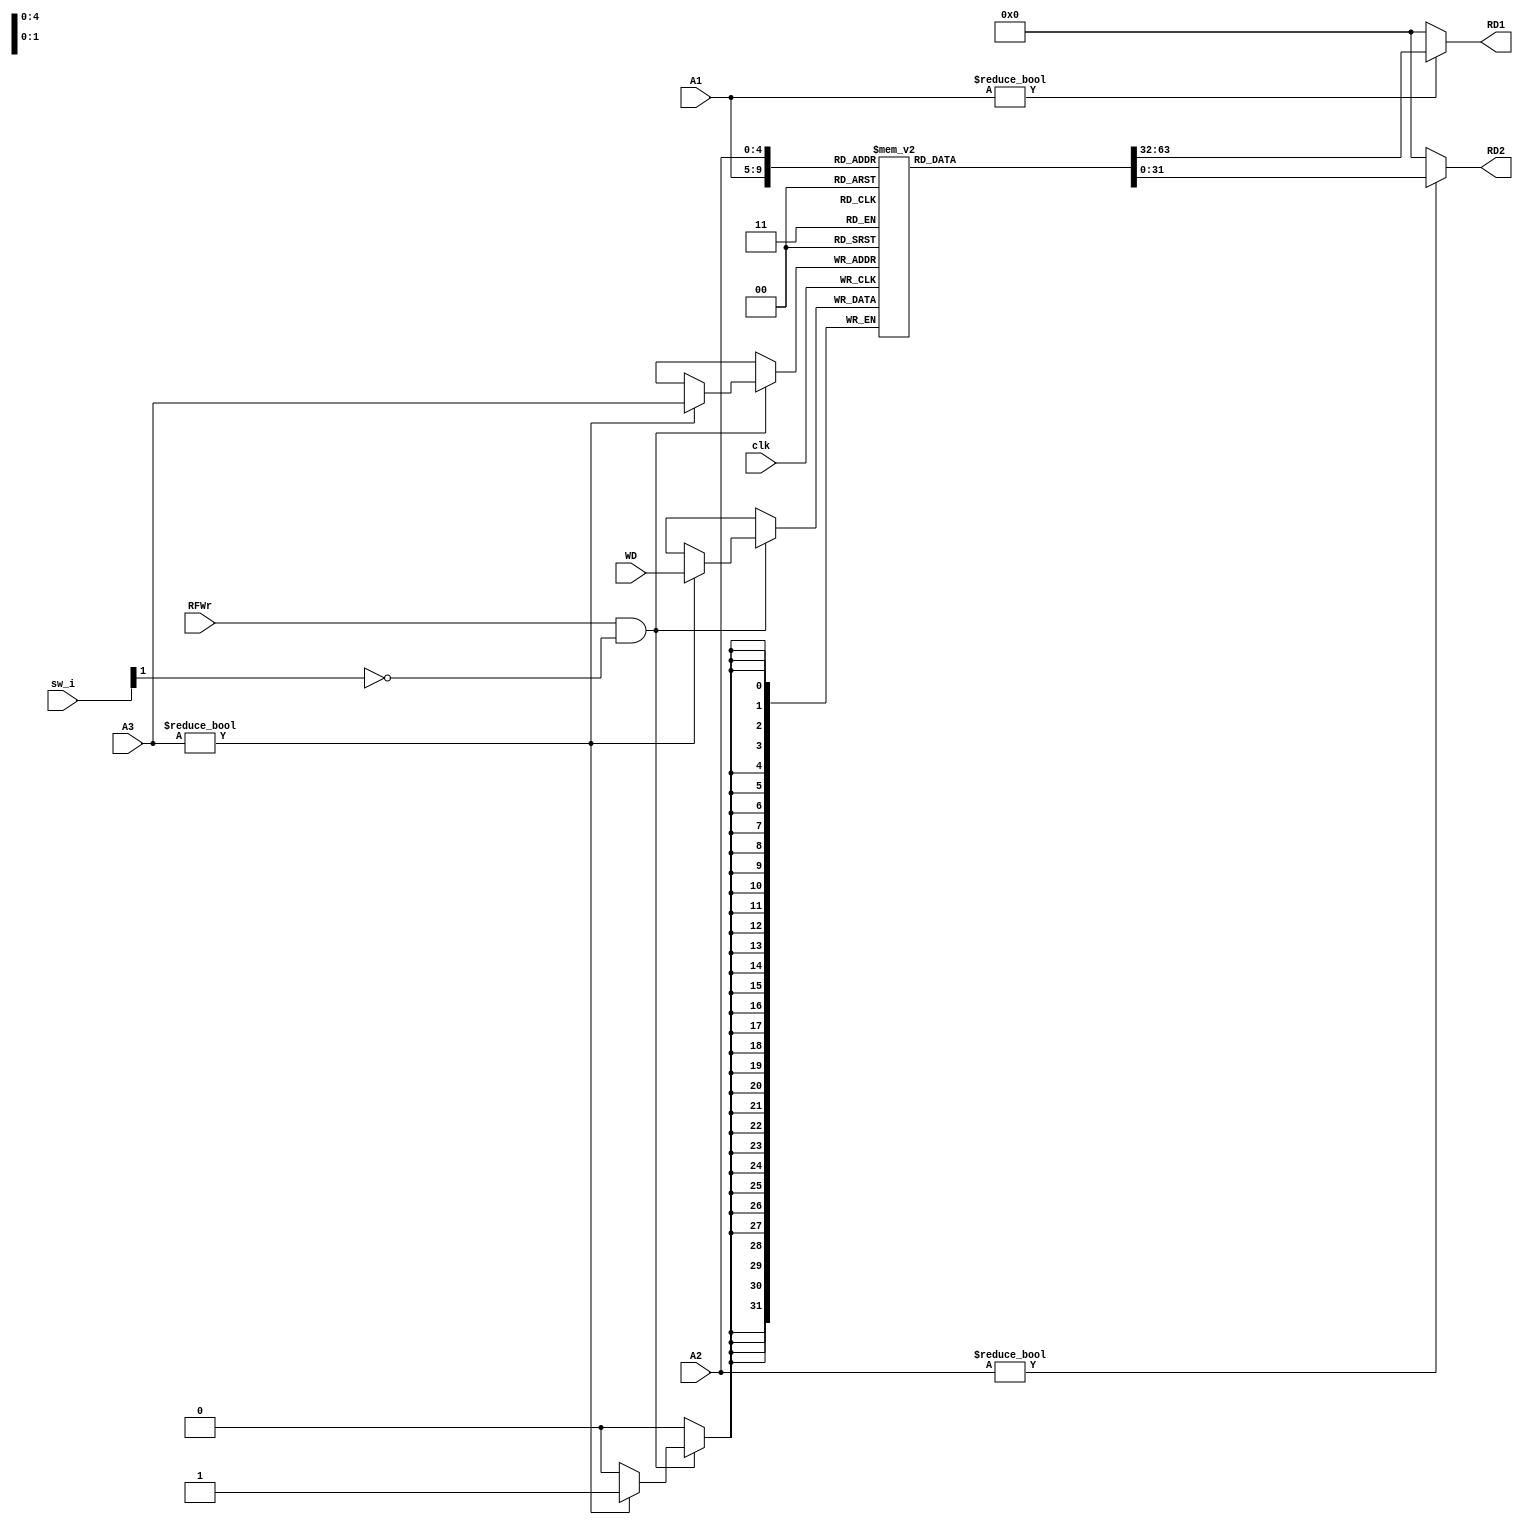
`timescale 1ns / 1ps
// Target Devices: 
// Tool Versions: 
// Description: 
// 
// Dependencies: 
// 
// Revision:
// Revision 0.01 - File Created
// Additional Comments:
//////////////////////////////////////////////////////////////////////////////////
// Company: 
// Engineer: 
// 
// Design Name: 
// Module Name: RF
// Project Name: 
// 
//////////////////////////////////////////////////////////////////////////////////


module RF(
    input clk,
    input RFWr,
    input [15:0]sw_i,
    input [4:0]A1, A2, A3,
    input [31:0]WD,
    output [31:0]RD1, RD2
    );
    
    reg [31:0] rf[31:0];
    integer i;
    
    initial begin
        for(i = 0; i < 32; i = i+1)
            rf[i] <= i;
    end
    
    always @(negedge clk)
        if(RFWr && (!sw_i[1])) begin
            if(A3 != 5'b00000) rf[A3] <= WD;
            $display("r[%2d] = 0x%8X,", A3, WD);
        end
    assign RD1 = (A1 != 0) ? rf[A1] : 0;
    assign RD2 = (A2 != 0) ? rf[A2] : 0;
    
        
endmodule